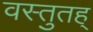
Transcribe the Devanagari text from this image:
वस्तुतह्